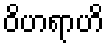
ဝိဟရာဟိ